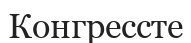
Конгрессте